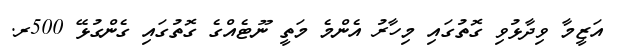
އަޒީމާ ވިދާޅުވި ގޮތުގައި މިހާރު އެންމެ މަތީ ނޫޓެއްގެ ގޮތުގައި ގެންގުޅޭ 500ރ.